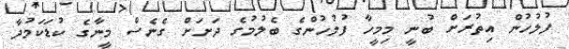
ފުލުހުން އިތުރަށް ބުނީ މިމީހާ ފުލުހުންގެ ބެލުމުގެ ދަށަށް ގެނެސް މީނާގެ ކުޑަކަމުދާ